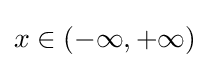
\displaystyle x\in (-\infty ,+\infty )\!